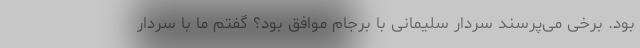
بود. برخی می‌پرسند سردار سلیمانی با برجام موافق بود؟ گفتم ما با سردار